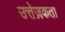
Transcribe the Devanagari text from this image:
उत्तेज़कता